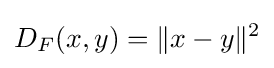
D_{F}(x,y)=\|x-y\|^{2}